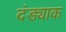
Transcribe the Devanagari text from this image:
दंड्याक